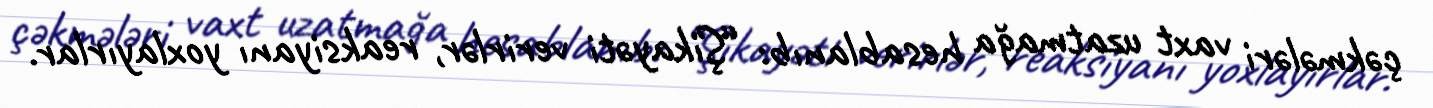
çəkmələri vaxt uzatmağa hesablanıb: “Şikayəti verirlər, reaksiyanı yoxlayırlar.